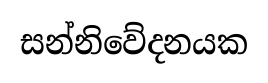
සන්නිවේදනයක